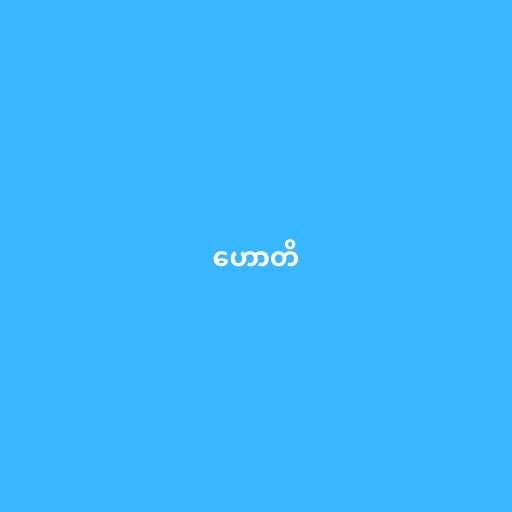
ဟောတိ